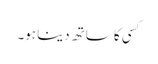
کسی کا ساتھ دینا ہو۔